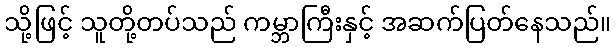
သို့ဖြင့် သူတို့တပ်သည် ကမ္ဘာကြီးနှင့် အဆက်ပြတ်နေသည်။